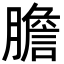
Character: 膽